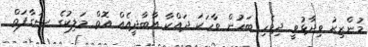
މުންޒިރު ވިދާޅުވީ ދިވެހި ބަހުން ވާހަކަ ދައްކާ އާބާދީއެއް އޮތް މަލިކުގެ ސަގާފަތް